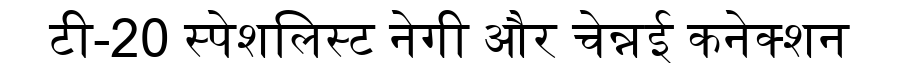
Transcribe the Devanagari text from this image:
टी-20 स्पेशलिस्ट नेगी और चेन्नई कनेक्शन